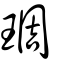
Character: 琱